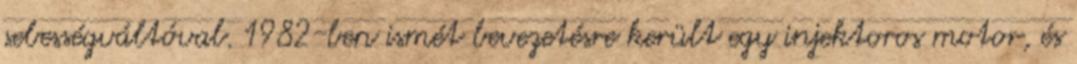
sebességváltóval. 1982-ben ismét bevezetésre került egy injektoros motor, és